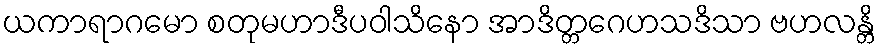
ယကာရာဂမော စတုမဟာဒီပဝါသိနော အာဒိတ္တဂေဟသဒိသာ ဗဟလန္တိ